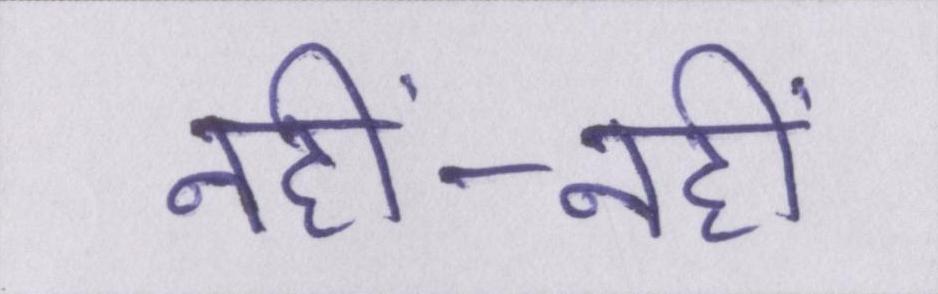
नहीं-नहीं